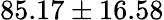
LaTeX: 85.17\pm 16.58